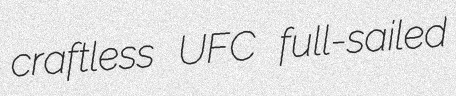
craftless UFC full-sailed